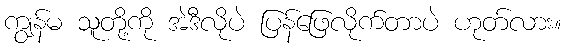
ကျွန်မ သူတို့ကို အဲဒီလိုပဲ ပြန်ဖြေလိုက်တာပဲ ဟုတ်လား။